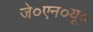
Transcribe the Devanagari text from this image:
जे०एन०यू०